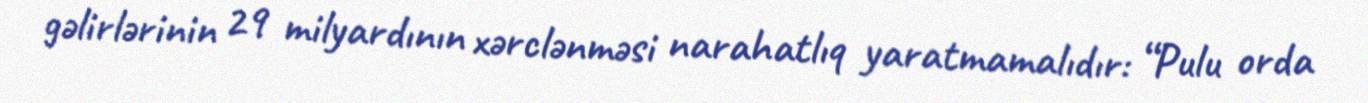
gəlirlərinin 29 milyardının xərclənməsi narahatlıq yaratmamalıdır: “Pulu orda